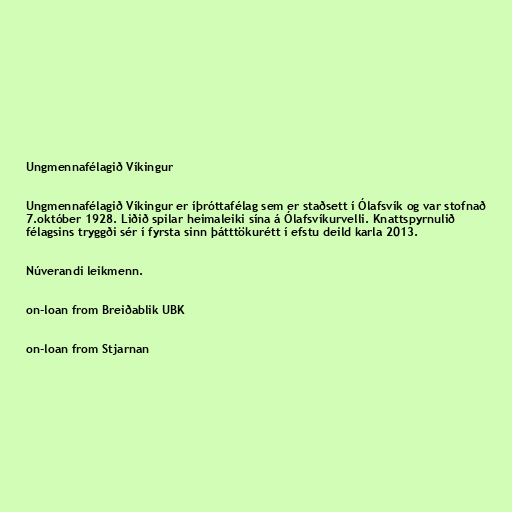
Ungmennafélagið Víkingur

Ungmennafélagið Víkingur er íþróttafélag sem er staðsett í Ólafsvík og var stofnað
7.október 1928. Liðið spilar heimaleiki sína á Ólafsvíkurvelli. Knattspyrnulið
félagsins tryggði sér í fyrsta sinn þátttökurétt í efstu deild karla 2013.

Núverandi leikmenn.

on-loan from Breiðablik UBK

on-loan from Stjarnan